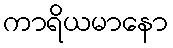
ကာရိယမာနော